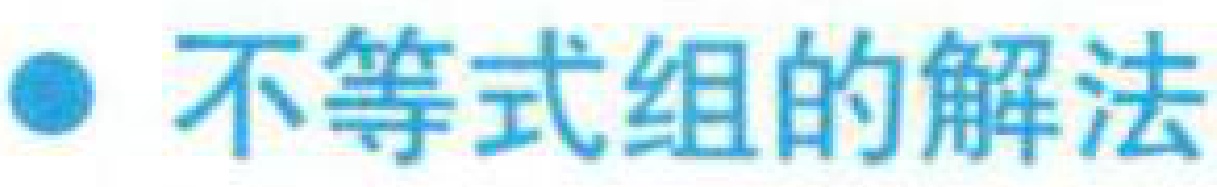
不等式组的解法